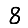
Digit: 8